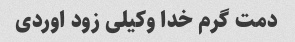
دمت گرم خدا وکیلی زود اوردی